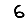
Digit: 6